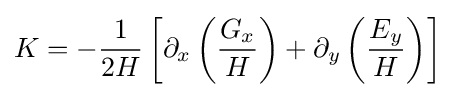
K=-{1 \over 2H}\left[\partial _{x}\left({\frac {G_{x}}{H}}\right)+\partial _{y}\left({\frac {E_{y}}{H}}\right)\right]